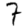
Digit: 7